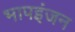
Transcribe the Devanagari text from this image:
भापइंजन